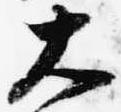
大